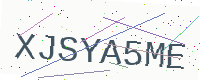
Text: XJSYA5ME